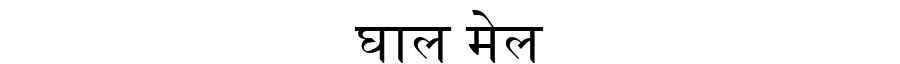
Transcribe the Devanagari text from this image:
घाल मेल